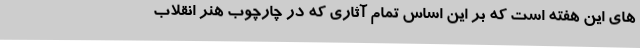
های این هفته است که بر این اساس تمام آثاری که در چارچوب هنر انقلاب